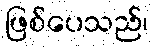
ဖြစ်ပေသည်၊